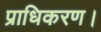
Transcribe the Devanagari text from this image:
प्राधिकरण।